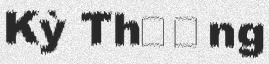
Kỳ Thượng